Lunatic asylums Bombay report 1878-1890 - 1878-1890
Year: 1878
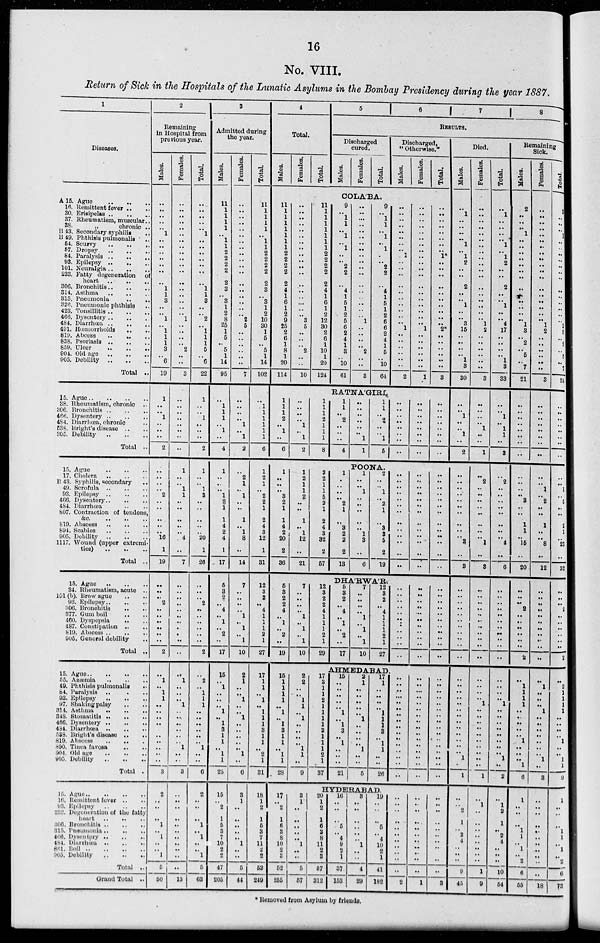
16
No. VIII.
Return of Sick in the Hospitals of the Lunatic Asylums in the Bombay Presidency during the year 1887.
1
Diseases.
A 15. Ague .. .. ..
16. Remittent fever .. ..
30. Erisipelas .. .. ..
37. Rheumatism, muscular..
38.
„
chronic ..
B 43. Secondary syphilis ..
B 49. Phthisis pulmonalis ..
54. Seurvy .. .. ..
57. Dropsy .. .. ..
84. Paralysis .. .. ..
93. Epilepsy .. .. ..
101. Neuralgia .. .. ..
233. Fatty degeneration of
heart
..
..
..
306. Bronchitis .. .. ..
314. Asthma
..
..
..
315. Pneumonia
..
..
326. Pneumonic phthisis ..
423. Tonsillitis .. .. ..
466. Dysentery
..
..
..
484. Diarrhœa
..
..
..
401. Hœmorrhoids .. ..
819. Abcess .. .. ..
838. Psoriasis .. .. ..
659. Ulcer
..
..
..
904. Old age .. .. ..
905. Debility
..
..
..
Total ..
15. Ague .. .. ..
38. Rheumatism, chronic ..
306. Bronchitis
..
..
..
466. Dysentery
..
..
..
484. Diarrhœa, chronic ..
538. Bright's disease .. ..
805. Debility
..
..
..
Total ..
15. Ague .. .. ..
17. Cholera .. .. ..
B 43. Syphilis, secondary ..
49. Scrofula
..
..
..
93. Epilepsy .. .. ..
466. Dysentry .. .. ..
484. Diarhœa .. ..
807. Contraction of tendons,
&c.
819. Abscess .. .. ..
804. Scabies .. .. ..
905. Debility .. .. ..
1117. Wound (upper extremi¬
ties) .. .. ..
Total ..
15.
Ague..
..
..
34. Rheumatism, acute ..
101(b). Brow ague .. ..
93. Epilepsy .. .. ..
306. Bronchitis .. ..
377. Gum boil .. ..
460. Dyspepsia .. ..
487. Constipation .. ..
819. Abscess .. .. ..
905. General debility ..
Total ..
15. Ague .. .. ..
55. Anæmia .. .. ..
49. Phthisis pulmonalis
..
84. Paralysis .. .. ..
93.
Epilepsy..
..
..
97. Shaking palsy .. ..
314. Asthma. .. ..
348. Stomatitis .. .. ..
466. Dysentery .. .. ..
484. Diarrhœa
..
..
..
538. Bright's disease .. ..
819. Abscess
..
..
..
890. Tinea favosa .. .. ..
904. Old age .. .. ..
905. Debility
..
..
..
Total ..
15. Ague
..
..
..
16. Remittent fever .. ..
93. Epilepsy
..
..
..
233. Degeneration of the fatty
heart .. .. ..
306.
Bronchitis..
..
..
315. Pneumonia .. .. ..
466. Dysentery .. .. ..
484. Diarrhœa .. .. ..
861.
Boil
..
..
..
905. Debility .. .. ..
Total ..
Grand Total ..
2
Remaining
in Hospital from
previous year.
Males.
..
..
..
..
.. 1
..
.
..
..
..
..
..
1
1
3
..
.. 1
.. 1
1
1
3
.. 6
19
1
..
.. 1
..
.. ..
2
..
..
..
.. 2
..
..
..
..
.. 16
1
19
..
..
.. 2
..
..
..
..
..
..
2
.. 1
..
1
1
..
..
..
.. ..
.. ..
..
..
..
3
2
..
..
..
1
.. 1
..
.. 1
5
50
Females.
..
..
.. ..
..
..
..
..
..
..
..
..
..
..
..
..
..
.. 1
..
..
..
.. 2
..
..
3
..
..
.. ..
..
..
..
..
1
..
.. 1
1
..
..
..
..
.. 4
..
7
..
..
..
..
..
..
..
..
..
..
..
.. 1
..
.. .. 1
..
..
.. ..
..
.. 1
..
..
3
..
.. ..
..
.. ..
..
..
..
..
..
13
Total.
..
..
..
.. .. 1
..
..
..
..
..
..
..
1
1
3
..
.. 2
.. 1
1
1
5
.. 6
22
1
..
.. 1
..
.. ..
2
1
..
.. 1
3
..
..
..
..
.. 20
1
26
..
..
.. 2
..
.. ..
..
..
..
2
.. 2
..
1
1
1
..
..
.. ..
..
.. 1
..
..
6
2
..
..
..
1
.. 1
..
.. 1
5
63
3
Admitted during
the year.
Males.
11
1
1
1
1
.. 1
1
2
2
2
2
2
3
.. 3
1
2
8
25
1
5
.. 5
1
14
95
..
1
1
1
.. 1
..
4
1
..
.. .. 1
2
1
1
4
2
4
1
17
5
3
2
.. 4
.. 1
.. 2
..
17
15
.. 1
..
..
.. 1
.. 1
3
1
1
.. 1
1
25
15
.. 2
1
5
3
7
10
2
2
47
205
Females.
..
..
..
..
..
..
.. ..
..
..
..
..
..
.. ..
..
..
.. 2
5
..
..
..
.. ..
..
7
..
.. ..
.. 1
.. 1
2
.. 2
1
.. 1
..
..
1
.. 1
8
..
14
7
..
..
..
.. 1
.. 1
.. 1
10
2
1
..
.. 1
.. .. 1
..
..
..
.. .. 1
..
6
3
1
..
..
..
..
.. 1
..
..
5
44
Total.
11
1
1
1
1
.. 1
1
2
2
2
2
2
3
.. 3
1
2
10
30
1
5
.. 5
1
14
102
..
1
1
1
1
1
1
6
1
2
1
.. 2
2
1
2
4
3
12
1
31
12
3
2
.. 4
1
1
1
2
1
27
17
1
1
.. 1
..
1
1
1
3
1
1
.. 2
1
31
18
1
2
1
5
3
7
11
..
2
52
249
4
Total.
Males.
Females.
Total.
5
6
7
8
RESULTS.
Discharged
cured.
Males.
Females.
Total.
Discharged,
" Otherwise."
Males.
Females.
Total.
COLA'BA.
11
..
..
..
..
..
..
.. 2
2
2
2
2
4
1
6
1
2
9
25
2
6
1
8
1
20
114
..
..
..
..
..
..
..
..
..
..
..
..
..
..
.. ..
..
.. 3
5
..
..
.. 2
..
..
10
11
..
..
..
..
..
..
.. 2
2
2
2
2
4
1
6
1
2
12
30
2
6
1
10
1
20
124
9
.. 1
1
.. 1
.. 1
..
.. 2
2
..
4
1
5
1
2
5
6
2
4
1
3
.. 10
61
..
..
..
..
..
..
.. ..
..
.. ..
..
..
..
.. ..
..
.. 1
.. ..
..
.. 2
.. ..
3
9
.. 1
1
.. 1
.. 1
..
.. 2
2
..
4
1
5 1
2
6
6
2
4
1
5
.. 10
64
..
..
.. ..
..
..
..
.. 1
.. ..
..
..
..
.. ..
..
.. .. 1
.. ..
..
..
..
..
2
..
..
..
..
..
..
..
..
..
..
..
..
..
..
..
..
.. .. .. 1
.. ..
..
..
.. ..
1
..
..
..
..
..
..
..
.. 1
.. ..
..
..
..
.. ..
.. ..
..
2*
..
..
..
..
..
..
8
RATNA'GIRI.
1
1
1
2
.. 1
..
6
..
.. ..
.. 1
.. 1
2
1
1
1
2
1
1
1
8
1
1
.. 2
..
..
..
4
..
..
.. ..
..
.. 1
1
1
1
.. 2
..
.. 1
5
..
..
..
.. ..
.. ..
..
..
..
..
.. ..
..
..
..
..
..
..
..
..
.. ..
..
POONA.
1
..
..
.. 3
2
1
1
4
2
20
2
36
1
2
1
1
2
..
..
1
.. 1
12
..
21
2
2
1
1
5
2
1
2
4
3
32
2
57
1
..
.. ..
.. 2
..
..
3
2
2
2
13
1
..
.. 1
.. ..
..
..
.. 1
3
..
6
2
..
.. 1
.. 2
1
..
3
3
5
2
19
..
..
.. ..
.. ..
..
..
..
.. ..
..
..
..
..
.. ..
.. ..
..
..
..
.. ..
..
..
..
..
..
..
.. ..
..
..
..
.. ..
..
..
DHA'RWA'R.
5
3
2
2
4
.. 1
.. 2
..
19
7
..
..
..
.. 1
.. 1
.. 1
10
12
3
2
2
4
1
1
1
2
1
29
5
3
2
.. 4
.. 1
.. 2
..
17
7
..
..
..
.. 1
.. 1
.. 1
10
12
3
2
.. 4
1
1
1
2
1
27
..
..
.. ..
.. ..
..
..
..
..
..
..
..
..
..
.. ..
..
..
.. ..
..
.. ..
..
..
.. ..
..
..
.. ..
..
AHMEDABAD.
15
1
1
1
1
.. 1
..
1
3
1
1
.. 1
1
28
17
.. 2
1
6
3 8
10
2
3
52
255
2
2
..
.. 1
1
.. 1
.. ..
..
.. 1
1
..
9
17
3
1
.. 2
1
1
1
1
3
1
1
1
2
1
37
15
..
..
.. ..
.. 1
.. 1
3
.. 1
..
..
..
21
2
1
..
.. ..
..
..
1
.. ..
.. .. 1
..
..
5
17
1
..
.. ..
.. 1
1
1
3
.. 1
1
..
..
26
.. ..
..
.. ..
..
..
..
..
..
.. ..
..
..
..
..
.. ..
..
.. ..
..
.. ..
.. ..
.. ..
..
..
..
..
.. ..
..
.. ..
..
.. ..
.. ..
.. ..
..
..
..
..
HYDERABAD.
3
1
..
..
..
..
.. 1
.. ..
5
57
20
1
2
1
6 3
8
11
2
3
57
312
16
.. ..
..
5
.. 4
9
2
1
37
153
3
.. ..
..
..
..
.. 1
..
..
4
29
19
..
..
..
5
.. 4
10
2
1
41
182
..
..
..
..
..
.. ..
.. ..
..
..
2
..
.. ..
..
..
.. ..
.. ..
..
..
1
..
.. ..
..
..
.. ..
..
..
..
..
3
Died.
Males.
..
1
..
.. ..
.. 1
.. 1
2
..
..
2
..
.. 1
.. .. 3
15
.. ..
..
.. 1
3
30
..
.. 1
..
.. 1
..
2
..
..
..
..
.. ..
..
..
..
.. 3
..
3
.. ..
..
..
.. ..
..
..
..
..
..
..
..
..
.. ..
..
..
..
.. ..
.. ..
.. 1
..
1
..
.. 2
1
.. 2
4
.. ..
..
9
45
Females.
..
..
..
..
..
..
..
..
..
..
..
..
..
..
..
..
..
.. 1
2
.. ..
..
..
.. ..
3
..
..
..
.. 1
.. ..
1
.. 2
.. ..
.. ..
..
..
..
.. 1
..
3
.. ..
..
..
.. ..
..
..
.. ..
..
..
..
..
.. 1
..
..
..
..
..
..
.. ..
..
..
1
..
1
..
..
..
.. ..
.. ..
..
1
9
Total.
..
1
..
..
..
.. 1
.. 1
2
..
..
2
..
.. 1
..
.. 4
17
..
..
..
.. 1
3
33
..
.. 1
.. 1
1
..
3
.. 2
.. ..
.. ..
..
..
..
.. 4
..
6
.. ..
.. ..
..
.. ..
..
..
..
..
..
..
..
.. 1
..
..
..
.. ..
.. ..
.. 1
..
2
..
1
2
1
.. 2
4
.. ..
..
10
54
Remaining
Sick.
Males.
2
..
..
.. 1
..
..
..
..
..
..
..
..
..
..
..
..
.. 1
3
.. 2
.. 5
.. 7
21
..
.. ..
.. ..
..
..
..
.. ..
.. .. 3
..
..
1
1
.. 15
..
20
.. ..
.. 2
.. ..
..
..
.. ..
2
.. 1
1
1
1
..
..
..
.. ..
1
..
..
.. 1
6
1
..
..
..
1
1
.. 1
.. 2
6
55
Females.
..
..
..
..
..
..
..
..
..
..
..
..
..
..
..
..
..
.. 1
2
.
..
..
..
.. ..
3
..
..
..
..
..
..
..
..
..
.. 1
.. 2
..
..
1
..
.. 8
..
12
..
..
.. ..
..
..
..
..
.. ..
..
.. 1
.. ..
.. 1
.. ..
..
..
..
..
.. 1
..
8
..
.. ..
..
..
..
..
..
..
..
..
18
Total.
2
..
..
..
1
..
..
..
..
..
..
..
..
..
..
..
..
.. 2
5
... 2
.. 5
.. 7
24
..
..
..
..
..
..
..
..
..
.. 1
.. 5
.. ..
2
1
.. 23
..
32
..
.. .. 2
..
..
..
..
.. ..
2
.. 2
1
1
1
1
..
.. ..
..
1
..
.. 1
1
9
1
..
..
..
1
1
.. 1
.. 2
6
73
* Removed from Asylum by friends.